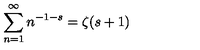
\sum _ { n = 1 } ^ { \infty } n ^ { - 1 - s } = \zeta ( s + 1 )